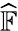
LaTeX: \widehat{\mathbb F}